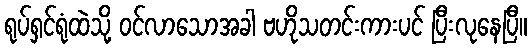
ရုပ်ရှင်ရုံထဲသို့ ဝင်လာသောအခါ ဗဟိုသတင်းကားပင် ပြီးလုနေပြီ။